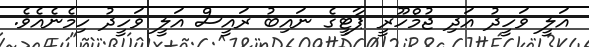
އަލީ ވަހީދު އަދި ޖުމްހޫރީ ޕާޓީގެ ނައިބު ރައީސް އަލީ ވަހީދު ހިމެނެއެވެ.